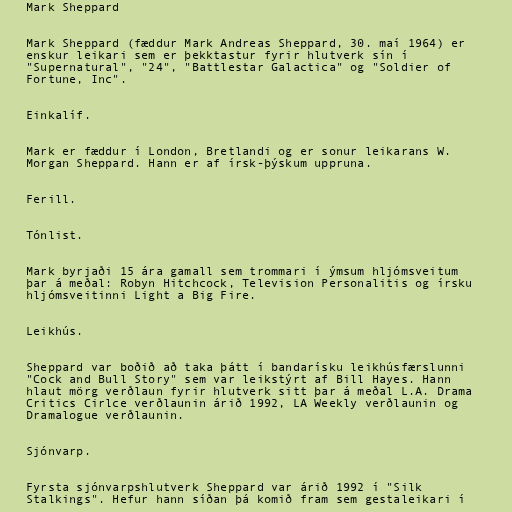
Mark Sheppard

Mark Sheppard (fæddur Mark Andreas Sheppard, 30. maí 1964) er
enskur leikari sem er þekktastur fyrir hlutverk sín í
"Supernatural", "24", "Battlestar Galactica" og "Soldier of
Fortune, Inc".

Einkalíf.

Mark er fæddur í London, Bretlandi og er sonur leikarans W.
Morgan Sheppard. Hann er af írsk-þýskum uppruna.

Ferill.

Tónlist.

Mark byrjaði 15 ára gamall sem trommari í ýmsum hljómsveitum
þar á meðal: Robyn Hitchcock, Television Personalitis og írsku
hljómsveitinni Light a Big Fire.

Leikhús.

Sheppard var boðið að taka þátt í bandarísku leikhúsfærslunni
"Cock and Bull Story" sem var leikstýrt af Bill Hayes. Hann
hlaut mörg verðlaun fyrir hlutverk sitt þar á meðal L.A. Drama
Critics Cirlce verðlaunin árið 1992, LA Weekly verðlaunin og
Dramalogue verðlaunin.

Sjónvarp.

Fyrsta sjónvarpshlutverk Sheppard var árið 1992 í "Silk
Stalkings". Hefur hann síðan þá komið fram sem gestaleikari í